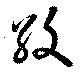
紋